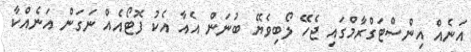
އަނެއް އިންސްޓަގްރާމްގައި ޖެހޭ ލޯބިވެޔޭ ބުނަން އެއާ އެކު ފޮޓޯއެއް ނަގަން އަނެއްކާ